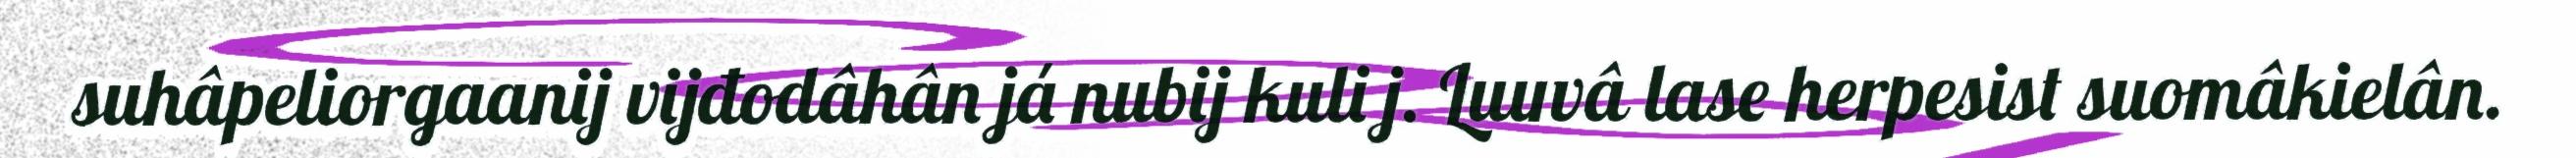
suhâpeliorgaanij vijđodâhân já nubij kuli j. Luuvâ lase herpesist suomâkielân.